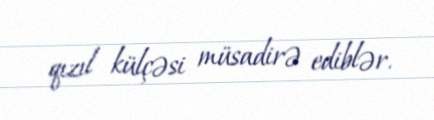
qızıl külçəsi müsadirə ediblər.